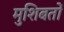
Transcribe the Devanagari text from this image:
मुशिबतों